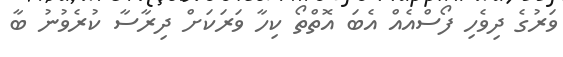
ވަރުގެ ދިވެހި ފޯސްއެއް އެބަ އޮތްތޯ ކިހާ ވަރަކަށް ދިރާސާ ކުރެވުނު ބާ